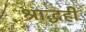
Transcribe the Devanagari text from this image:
श्राद्धही